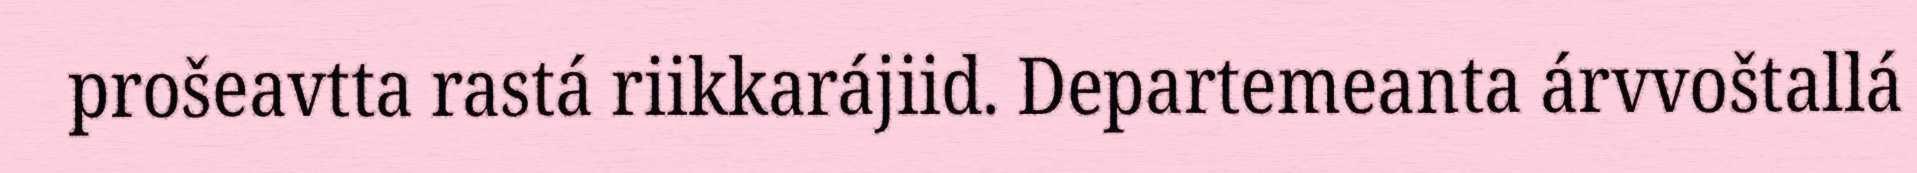
prošeavtta rastá riikkarájiid. Departemeanta árvvoštallá